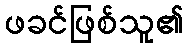
ဖခင်ဖြစ်သူ၏